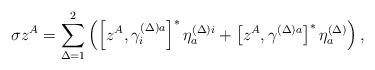
LaTeX: \begin{align*}\sigma z^A=\sum\limits_{\Delta =1}^2\left( \left[ z^A,\gamma_i^{(\Delta )a}\right] ^{*}\eta _a^{(\Delta )i}+\left[ z^A,\gamma ^{(\Delta)a}\right] ^{*}\eta _a^{(\Delta )}\right) ,\end{align*}